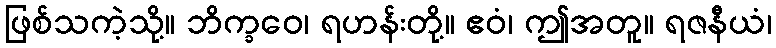
ဖြစ်သကဲ့သို့။ ဘိက္ခဝေ၊ ရဟန်းတို့။ ဧဝံ၊ ဤအတူ။ ရဇနီယံ၊